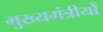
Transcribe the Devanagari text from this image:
मुख्यमंत्रीयों